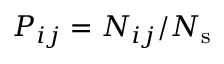
P _ { i j } = N _ { i j } / N _ { \mathrm { s } }